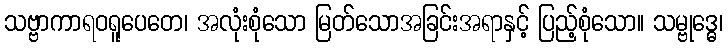
သဗ္ဗာကာရဝရူပေတေ၊ အလုံးစုံသော မြတ်သောအခြင်းအရာနှင့် ပြည့်စုံသော။ သမ္ဗုဒ္ဓေ၊